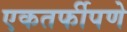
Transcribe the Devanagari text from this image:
एकतर्फीपणे